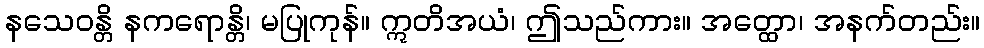
နသေဝန္တိ နကရောန္တိ၊ မပြုကုန်။ ဣတိအယံ၊ ဤသည်ကား။ အတ္ထော၊ အနက်တည်း။